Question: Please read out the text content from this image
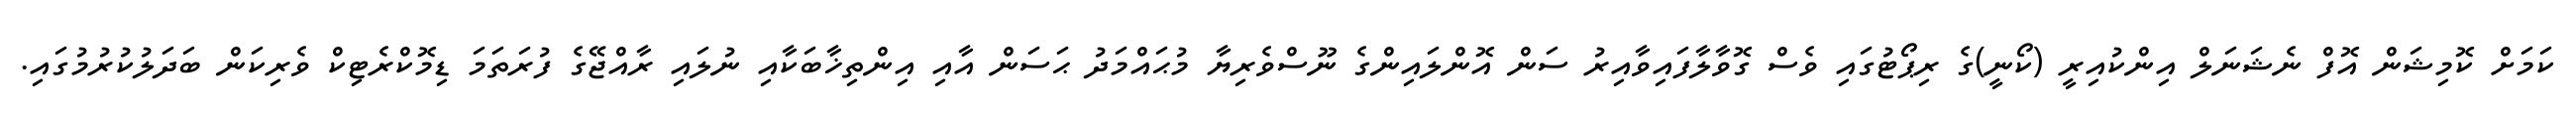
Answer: ކަމަށް ކޮމިޝަން އޮފް ނެޝަނަލް އިންކުއިރީ (ކޯނީ)ގެ ރިޕޯޓުގައި ވެސް ގޮވާލާފައިވާއިރު ސަން އޮންލައިންގެ ނޫސްވެރިޔާ މުޙައްމަދު ޙަސަން އާއި އިންތިޚާބަކާއި ނުލައި ރާއްޖޭގެ ފުރަތަމަ ޑިމޮކްރެޓިކް ވެރިކަން ބަދަލުކުރުމުގައި.